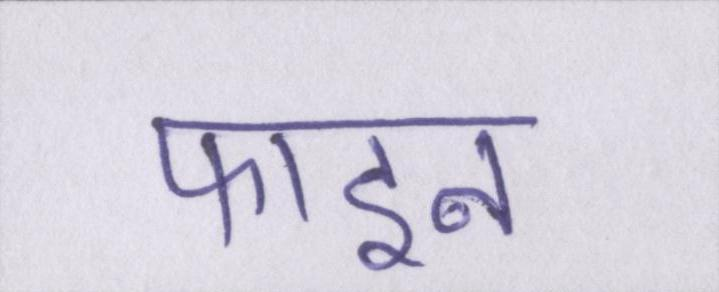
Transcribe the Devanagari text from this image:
फाइन